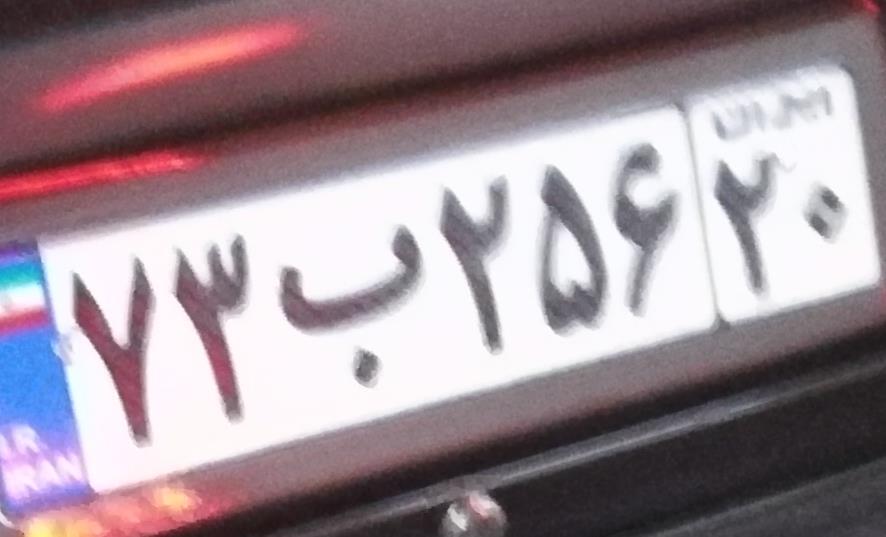
۷۳ب۲۵۶۲۰